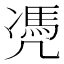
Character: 凴